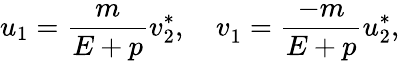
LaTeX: u_{1}=\frac m{E+p}v_{2}^{*},\ \ \ \ v_{1}^{}=\frac{-m}{E+p}u_{2}^{*},